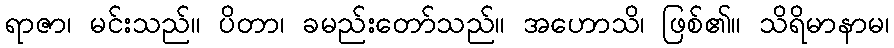
ရာဇာ၊ မင်းသည်။ ပိတာ၊ ခမည်းတော်သည်။ အဟောသိ၊ ဖြစ်၏။ သိရိမာနာမ၊